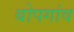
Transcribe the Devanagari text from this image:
बोपगांव